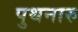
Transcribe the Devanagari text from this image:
पुथनारु